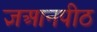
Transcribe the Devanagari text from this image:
ज्ञआनपीठ